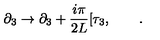
\partial _ { 3 } \rightarrow \partial _ { 3 } + \frac { i \pi } { 2 L } [ \tau _ { 3 } , \qquad .